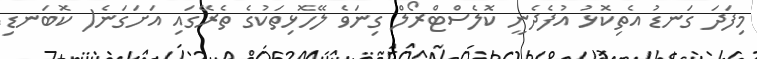
މިފަދަ ގަނޑު އެތިކޮޅު އުފެދެނީ ކޮލެސްޓްރޯލް ގިނަވެ ލޭހޮޅިތަކުގެ ތެރޭގައި އަށަގަނެ( ކޮބަނޑި